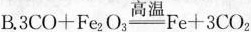
B.3CO+Fe_{2} O_{3}\xlongequal [ ] { 高温}Fe+3CO_{2}